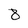
Character: 8